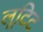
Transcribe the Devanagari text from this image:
लूटिट